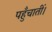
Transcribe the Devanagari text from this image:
पहुँचातीं।